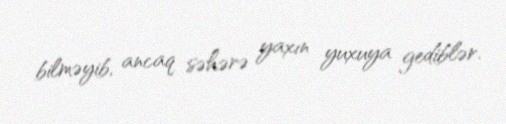
bilməyib, ancaq səhərə yaxın yuxuya gediblər.